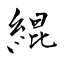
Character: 緄